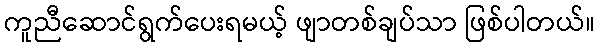
ကူညီဆောင်ရွက်ပေးရမယ့် ဖျာတစ်ချပ်သာ ဖြစ်ပါတယ်။